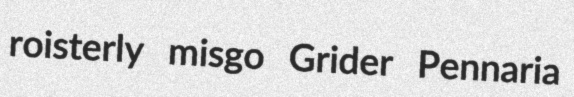
roisterly misgo Grider Pennaria